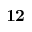
\mathbf { 1 2 }